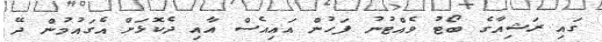
ގައި ރަޝިއާގެ ބޯޓު ވެއްޓުނު ފަހުން އައިއެސް އާއި ދެކޮޅަށް އެގައުމުން ދޭ